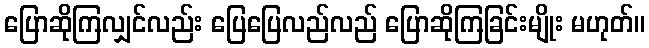
ပြောဆိုကြလျှင်လည်း ပြေပြေလည်လည် ပြောဆိုကြခြင်းမျိုး မဟုတ်။